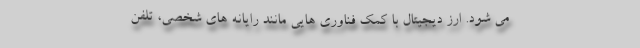
می شود. ارز دیجیتال با کمک فناوری هایی مانند رایانه های شخصی، تلفن